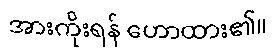
အားကိုးရန် ဟောထား၏။